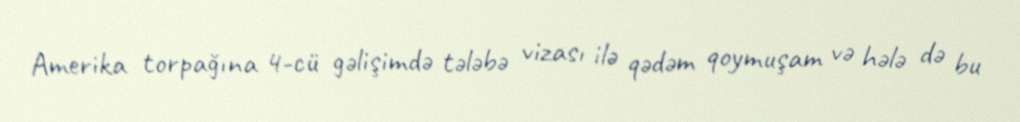
Amerika torpağına 4-cü gəlişimdə tələbə vizası ilə qədəm qoymuşam və hələ də bu